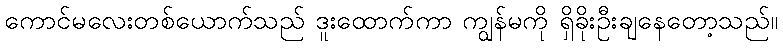
ကောင်မလေးတစ်ယောက်သည် ဒူးထောက်ကာ ကျွန်မကို ရှိခိုးဦးချနေတော့သည်။